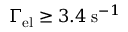
\Gamma _ { \mathrm { e l } } \ge 3 . 4 \; \mathrm { s } ^ { - 1 }